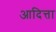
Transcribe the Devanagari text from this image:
आदित्ता